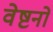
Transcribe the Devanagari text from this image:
वेष्टनों